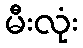
မီးလုံး